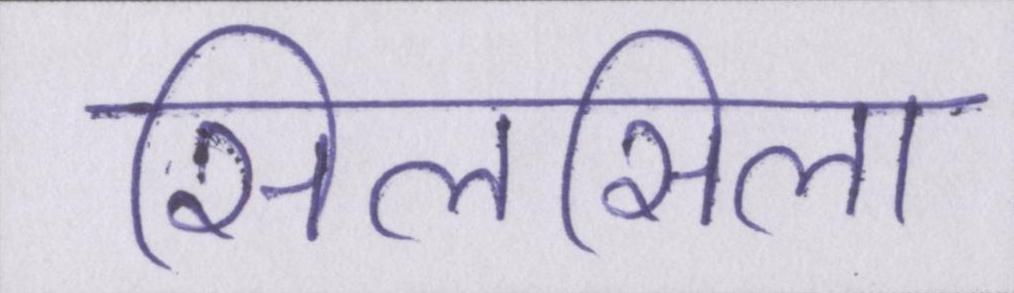
सिलसिला